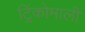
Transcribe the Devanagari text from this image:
ट्रिंकोमाली